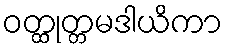
ဝတ္ထုတ္တမဒါယိကာ